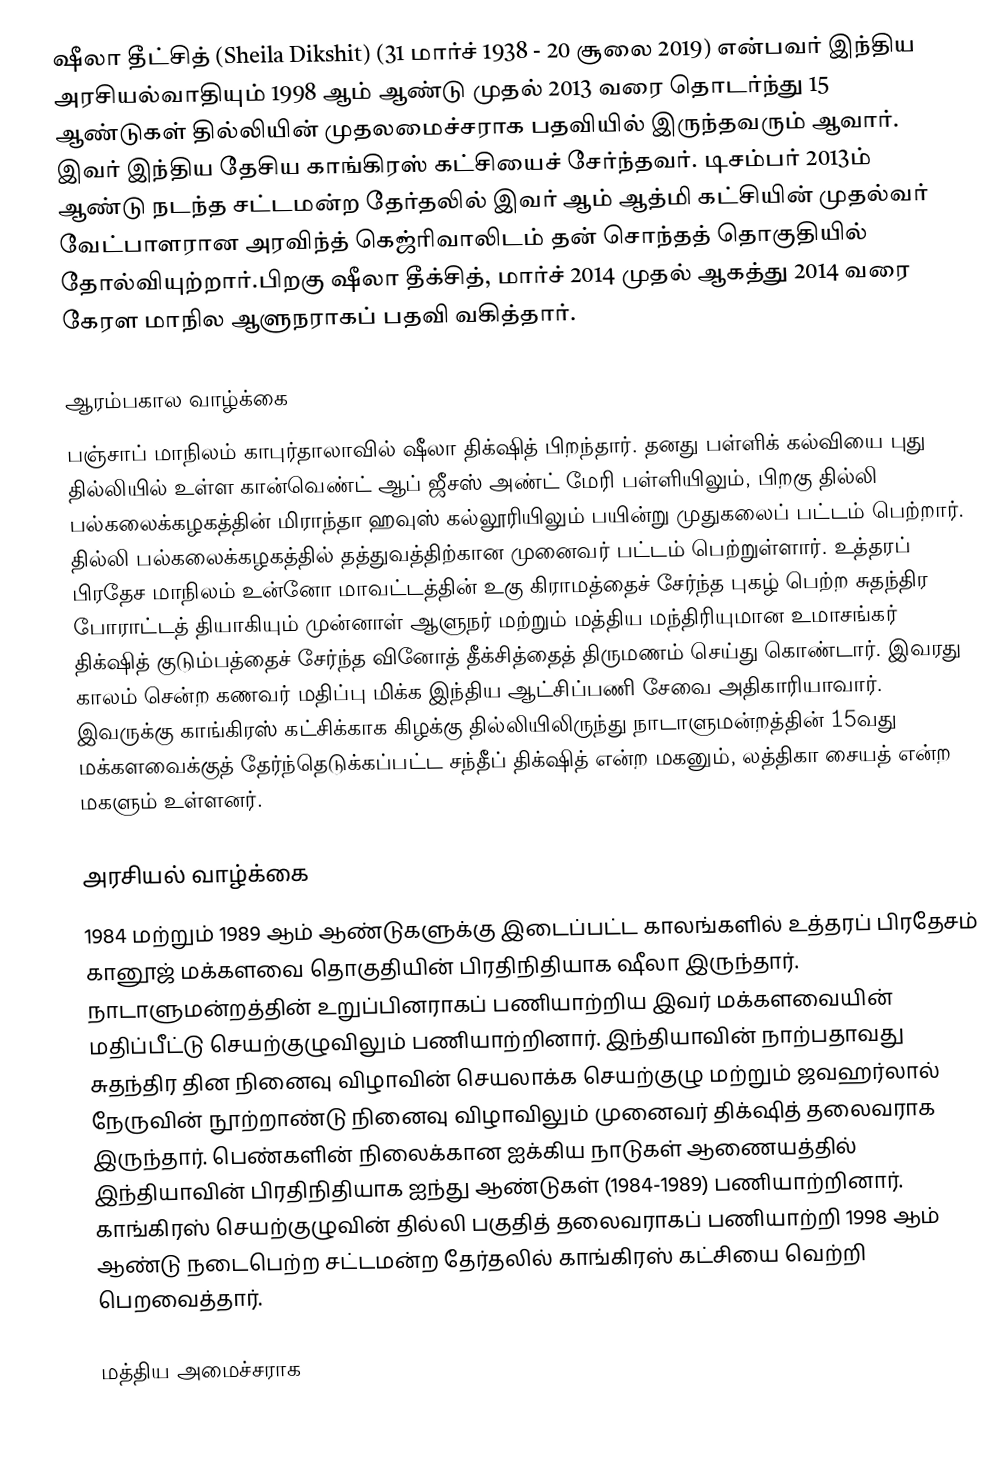
ஷீலா தீட்சித் (Sheila Dikshit) (31 மார்ச் 1938 - 20 சூலை 2019) என்பவர் இந்திய அரசியல்வாதியும் 1998 ஆம் ஆண்டு முதல் 2013 வரை தொடர்ந்து 15 ஆண்டுகள் தில்லியின் முதலமைச்சராக பதவியில் இருந்தவரும் ஆவார். இவர் இந்திய தேசிய காங்கிரஸ் கட்சியைச் சேர்ந்தவர். டிசம்பர் 2013ம் ஆண்டு நடந்த சட்டமன்ற தேர்தலில் இவர் ஆம் ஆத்மி கட்சியின் முதல்வர் வேட்பாளரான அரவிந்த் கெஜ்ரிவாலிடம் தன் சொந்தத் தொகுதியில் தோல்வியுற்றார்.பிறகு ஷீலா தீக்சித், மார்ச் 2014 முதல் ஆகத்து 2014 வரை கேரள மாநில ஆளுநராகப் பதவி வகித்தார்.

ஆரம்பகால வாழ்க்கை
பஞ்சாப் மாநிலம் காபுர்தாலாவில் ஷீலா திக்‌ஷித் பிறந்தார். தனது பள்ளிக் கல்வியை புது தில்லியில் உள்ள கான்வெண்ட் ஆப் ஜீசஸ் அண்ட் மேரி பள்ளியிலும், பிறகு தில்லி பல்கலைக்கழகத்தின் மிராந்தா ஹவுஸ் கல்லூரியிலும் பயின்று முதுகலைப் பட்டம் பெற்றார். தில்லி பல்கலைக்கழகத்தில் தத்துவத்திற்கான முனைவர் பட்டம் பெற்றுள்ளார். உத்தரப் பிரதேச மாநிலம் உன்னோ மாவட்டத்தின் உகு கிராமத்தைச் சேர்ந்த புகழ் பெற்ற சுதந்திர போராட்டத் தியாகியும் முன்னாள் ஆளுநர் மற்றும் மத்திய மந்திரியுமான உமாசங்கர் திக்‌ஷித் குடும்பத்தைச் சேர்ந்த வினோத் தீக்சித்தைத் திருமணம் செய்து கொண்டார்.  இவரது காலம் சென்ற கணவர் மதிப்பு மிக்க இந்திய ஆட்சிப்பணி சேவை அதிகாரியாவார். இவருக்கு காங்கிரஸ் கட்சிக்காக கிழக்கு தில்லியிலிருந்து நாடாளுமன்றத்தின் 15வது மக்களவைக்குத் தேர்ந்தெடுக்கப்பட்ட சந்தீப் திக்‌ஷித் என்ற மகனும், லத்திகா சையத் என்ற மகளும் உள்ளனர்.

அரசியல் வாழ்க்கை
1984 மற்றும் 1989 ஆம் ஆண்டுகளுக்கு இடைப்பட்ட காலங்களில் உத்தரப் பிரதேசம் கானூஜ் மக்களவை தொகுதியின் பிரதிநிதியாக ஷீலா இருந்தார். நாடாளுமன்றத்தின் உறுப்பினராகப் பணியாற்றிய இவர் மக்களவையின் மதிப்பீட்டு செயற்குழுவிலும் பணியாற்றினார். இந்தியாவின் நாற்பதாவது சுதந்திர தின நினைவு விழாவின் செயலாக்க செயற்குழு மற்றும் ஜவஹர்லால் நேருவின் நூற்றாண்டு நினைவு விழாவிலும் முனைவர் திக்‌ஷித் தலைவராக இருந்தார். பெண்களின் நிலைக்கான ஐக்கிய நாடுகள் ஆணையத்தில் இந்தியாவின் பிரதிநிதியாக ஐந்து ஆண்டுகள் (1984-1989) பணியாற்றினார். காங்கிரஸ் செயற்குழுவின் தில்லி பகுதித் தலைவராகப் பணியாற்றி 1998 ஆம் ஆண்டு நடைபெற்ற சட்டமன்ற தேர்தலில் காங்கிரஸ் கட்சியை வெற்றி பெறவைத்தார்.

மத்திய அமைச்சராக